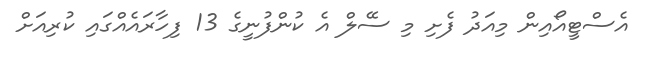
އެސްޓީއޯއިން މިއަދު ފެށި މި ސޭލް އެ ކުންފުނީގެ 13 ފިހާރައެއްގައި ކުރިއަށް